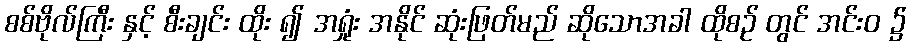
စစ်ဗိုလ်ကြီး နှင့် စီးချင်း ထိုး ၍ အရှုံး အနိုင် ဆုံးဖြတ်မည် ဆိုသောအခါ ထိုစဉ် တွင် အင်းဝ ၌